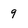
Character: 9